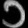
Digit: ၁